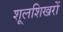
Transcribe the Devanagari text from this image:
शूलशिखरों